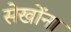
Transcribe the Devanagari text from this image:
सेखोंना